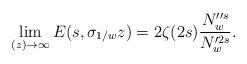
LaTeX: \begin{align*}\lim_{(z)\to \infty} E(s,\sigma_{1/w}z)=2\zeta(2s)\frac{N^{\prime\prime s}_w}{N^{\prime 2s}_w}.\end{align*}